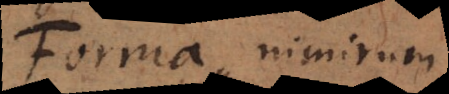
Forma, nimirum